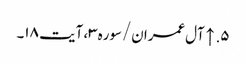
۵. ↑ آل‌عمران/سوره۳، آیت ۱۸۔